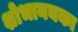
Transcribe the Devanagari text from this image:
शोभानयका